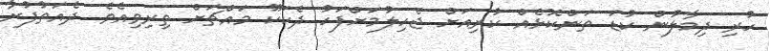
ހުރި ދިމާލުން ކުޑަ ތަންކޮޅެއް ކުރިއަށް ޖެހިލުމަށްފަހު ދެކަކޫ މައްޗަށް ތިރިވިއެވެ. ދެއަތުފުރާ